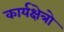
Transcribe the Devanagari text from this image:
कार्यक्षेत्रो